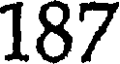
187